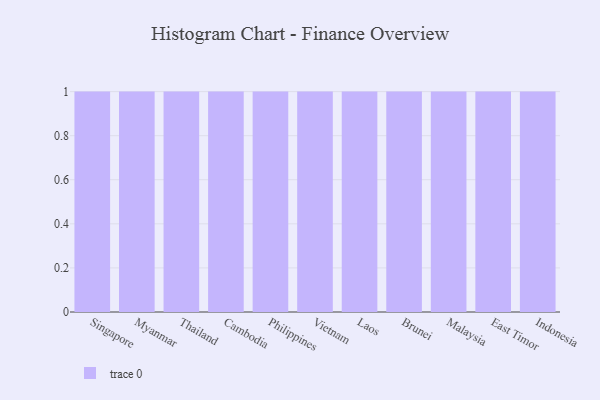
{"axis": {"x": "Country", "y": "Operating Costs (USD K)"}, "legend": [""], "data": [{"x": "Singapore", "y": 19, "type": ""}, {"x": "Myanmar", "y": 34, "type": ""}, {"x": "Thailand", "y": 61, "type": ""}, {"x": "Cambodia", "y": 82, "type": ""}, {"x": "Philippines", "y": 69, "type": ""}, {"x": "Vietnam", "y": 10, "type": ""}, {"x": "Laos", "y": 55, "type": ""}, {"x": "Brunei", "y": 16, "type": ""}, {"x": "Malaysia", "y": 96, "type": ""}, {"x": "East Timor", "y": 12, "type": ""}, {"x": "Indonesia", "y": 15, "type": ""}]}